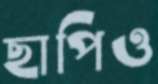
ছাপিও